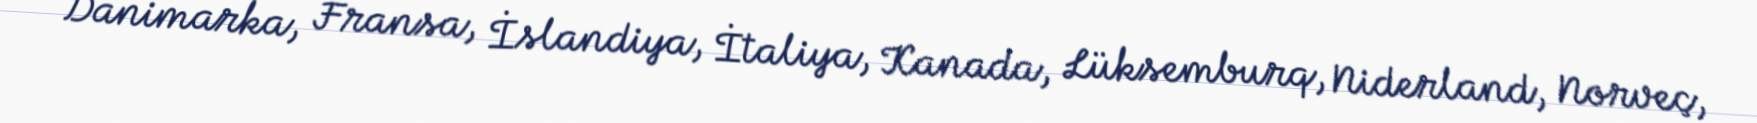
Danimarka, Fransa, İslandiya, İtaliya, Kanada, Lüksemburq, Niderland, Norveç,